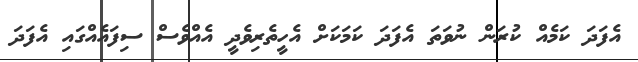
އެފަދަ ކަމެއް ކުރަން ނުވަތަ އެފަދަ ކަމަކަށް އެހީތެރިވެދީ އެއްވެސް ސިފައެއްގައި އެފަދަ